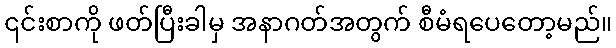
၎င်းစာကို ဖတ်ပြီးခါမှ အနာဂတ်အတွက် စီမံရပေတော့မည်။